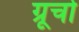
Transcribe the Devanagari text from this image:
ग्रूचो